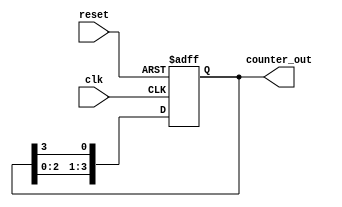
module ring_counter #(parameter N = 4) (
    input wire clk,       // Clock signal
    input wire reset,     // Reset signal
    output reg [N-1:0] counter_out // Output of the ring counter
);

// Memory block representing flip-flops
reg [N-1:0] memory_blocks;

// Asynchronous reset and state transition on clock rising edge
always @(posedge clk or posedge reset) begin
    if (reset) begin
        // Initialize the first block to '1' and the rest to '0'
        memory_blocks <= 1'b1; // '0001' for N=4
    end else begin
        // Shift the '1' to the left or wrap it around to the beginning
        memory_blocks <= {memory_blocks[N-2:0], memory_blocks[N-1]};
    end
end

// Output the current state of the memory blocks
always @(*) begin
    counter_out = memory_blocks;
end

endmodule